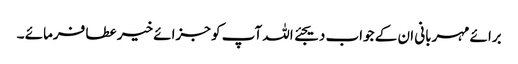
برائے مہربانی ان کے جواب دیجئے اللہ آپ کو جزائے خیر عطا فرمائے ۔